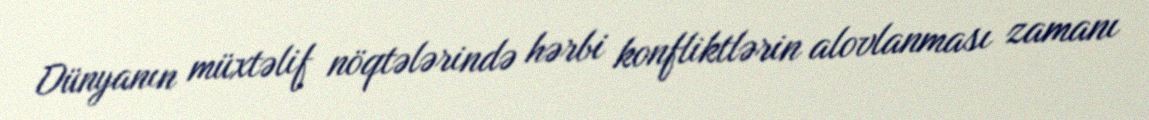
Dünyanın müxtəlif nöqtələrində hərbi konfliktlərin alovlanması zamanı